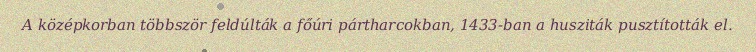
A középkorban többször feldúlták a főúri pártharcokban, 1433-ban a husziták pusztították el.